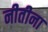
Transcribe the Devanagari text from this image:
नीतीना